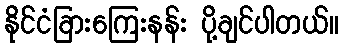
နိုင်ငံခြားကြေးနန်း ပို့ချင်ပါတယ်။